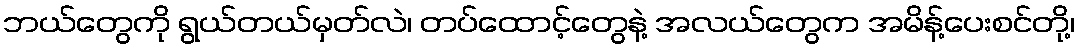
ဘယ်တွေကို ရွယ်တယ်မှတ်လဲ၊ တပ်ထောင့်တွေနဲ့ အလယ်တွေက အမိန့်ပေးစင်တို့၊